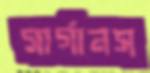
সার্গানস